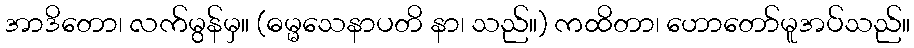
အာဒိတော၊ လက်မွန်မှ။ (ဓမ္မသေနာပတိ နာ၊ သည်။) ကထိတာ၊ ဟောတော်မူအပ်သည်။